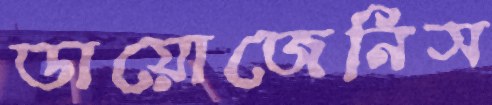
ডায়োজেনিস